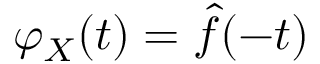
\varphi _ { X } ( t ) = { \hat { f } } ( - t )